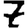
Digit: 7